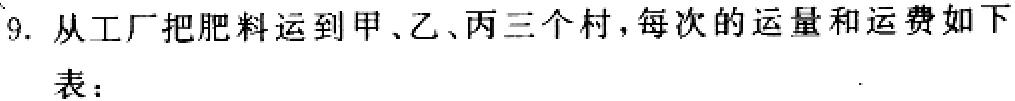
9. 从工厂把肥料运到甲、乙、丙三个村，每次的运量和运费如下
表：